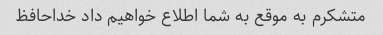
متشکرم به موقع به شما اطلاع خواهیم داد خداحافظ